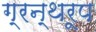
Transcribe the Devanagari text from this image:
ग्रन्थरूप